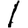
Digit: 1